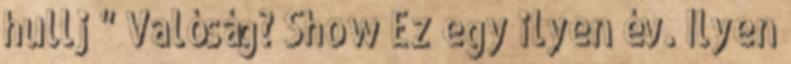
hullj " Valóság? Show Ez egy ilyen év. Ilyen